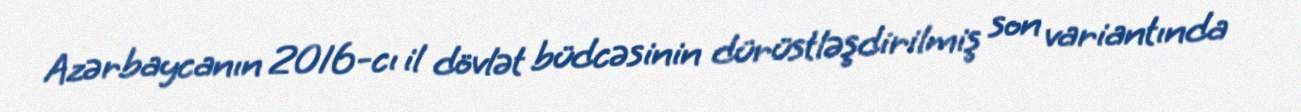
Azərbaycanın 2016-cı il dövlət büdcəsinin dürüstləşdirilmiş son variantında